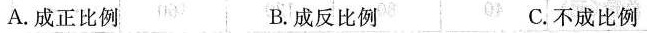
A.成正比例 B.成反比例 C.不成比例